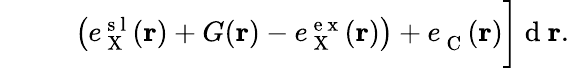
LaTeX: \begin{array}{rl}{\phantom{\sum}}&{{}\: \: \left(e_{\mathrm{~X~}}^{\mathrm{~s~l~}}(\mathbf{r})+G(\mathbf{r})-e_{\mathrm{~X~}}^{\mathrm{~e~x~}}(\mathbf{r})\right)+e_{\mathrm{~C~}}^{}(\mathbf{r})\bigg]\mathrm{~d~}\mathbf{r}.}\end{array}